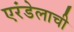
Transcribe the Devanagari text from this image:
एरंडेलाची